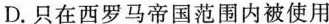
D.只在西罗马帝国范围内被使用